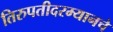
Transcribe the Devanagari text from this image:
तिरुपतीदरम्यानचे